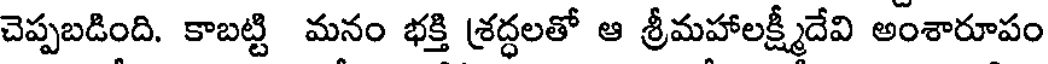
చెప్పబడింది. కాబట్టి మనం భక్తి శ్రద్ధలతో ఆ శ్రీమహాలక్ష్మీదేవి అంశారూపం